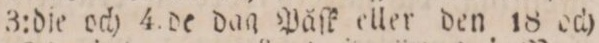
3:die och 4:de dag Påſk eller den 18 och